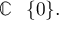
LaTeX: \mathbb { C } \setminus \{ 0 \} .